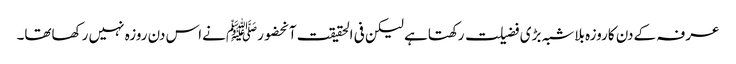
عرفہ کےدن کاروزہ بلاشبہ بڑی فضیلت رکھتاہے لیکن فی الحقیقت آنحضورﷺنےاس دن روزہ نہیں رکھاتھا۔